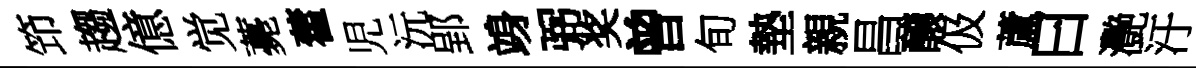
笻趨億觉薧藿児沅郢竧弼奖曾旬墊親昌醸伋蘆曰灧汙